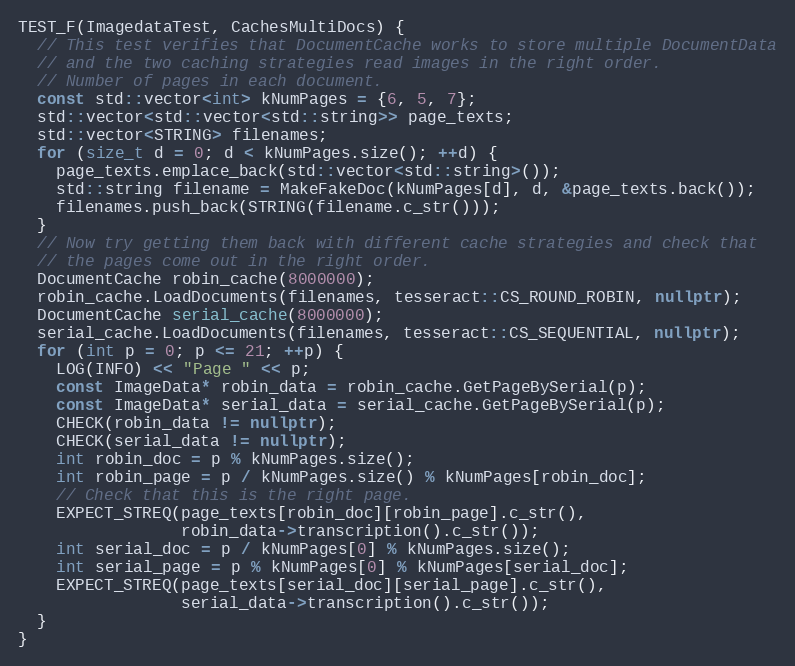
Language: C++
TEST_F(ImagedataTest, CachesMultiDocs) {
  // This test verifies that DocumentCache works to store multiple DocumentData
  // and the two caching strategies read images in the right order.
  // Number of pages in each document.
  const std::vector<int> kNumPages = {6, 5, 7};
  std::vector<std::vector<std::string>> page_texts;
  std::vector<STRING> filenames;
  for (size_t d = 0; d < kNumPages.size(); ++d) {
    page_texts.emplace_back(std::vector<std::string>());
    std::string filename = MakeFakeDoc(kNumPages[d], d, &page_texts.back());
    filenames.push_back(STRING(filename.c_str()));
  }
  // Now try getting them back with different cache strategies and check that
  // the pages come out in the right order.
  DocumentCache robin_cache(8000000);
  robin_cache.LoadDocuments(filenames, tesseract::CS_ROUND_ROBIN, nullptr);
  DocumentCache serial_cache(8000000);
  serial_cache.LoadDocuments(filenames, tesseract::CS_SEQUENTIAL, nullptr);
  for (int p = 0; p <= 21; ++p) {
    LOG(INFO) << "Page " << p;
    const ImageData* robin_data = robin_cache.GetPageBySerial(p);
    const ImageData* serial_data = serial_cache.GetPageBySerial(p);
    CHECK(robin_data != nullptr);
    CHECK(serial_data != nullptr);
    int robin_doc = p % kNumPages.size();
    int robin_page = p / kNumPages.size() % kNumPages[robin_doc];
    // Check that this is the right page.
    EXPECT_STREQ(page_texts[robin_doc][robin_page].c_str(),
                 robin_data->transcription().c_str());
    int serial_doc = p / kNumPages[0] % kNumPages.size();
    int serial_page = p % kNumPages[0] % kNumPages[serial_doc];
    EXPECT_STREQ(page_texts[serial_doc][serial_page].c_str(),
                 serial_data->transcription().c_str());
  }
}